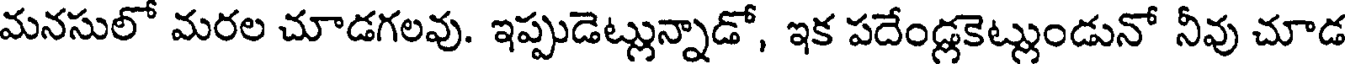
మనసులో మరల చూడగలవు. ఇప్పుడెట్లున్నాడో, ఇక పదేండ్లకెట్లుండునో నీవు చూడ